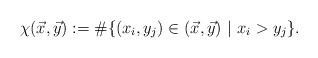
LaTeX: \begin{align*}\chi(\vec{x},\vec{y}) := \#\{(x_i,y_j) \in (\vec{x},\vec{y})\ |\ x_i>y_j\}.\end{align*}